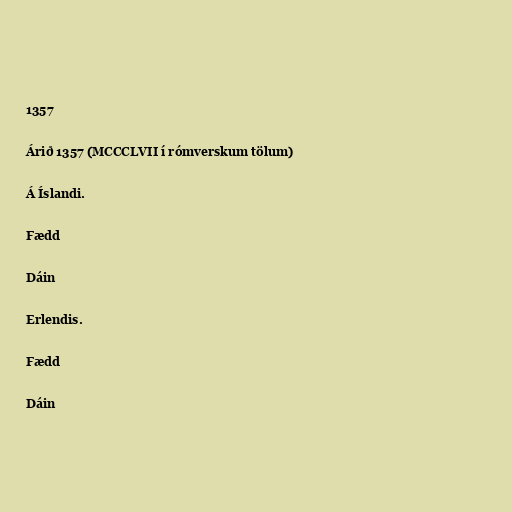
1357

Árið 1357 (MCCCLVII í rómverskum tölum)

Á Íslandi.

Fædd

Dáin

Erlendis.

Fædd

Dáin